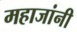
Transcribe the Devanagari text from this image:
महाजांनी